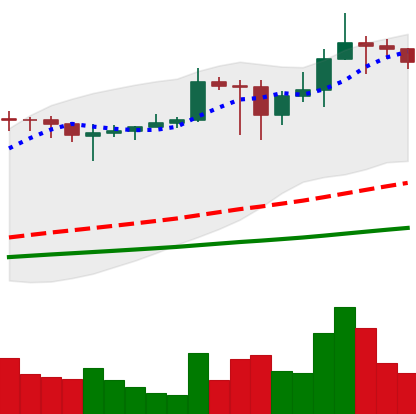
Ticker: ADA-USD
Chart end date: 2021-03-02
Forward return: -7.524%
Label: down_7plus